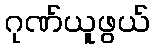
ဂုဏ်ယူဖွယ်